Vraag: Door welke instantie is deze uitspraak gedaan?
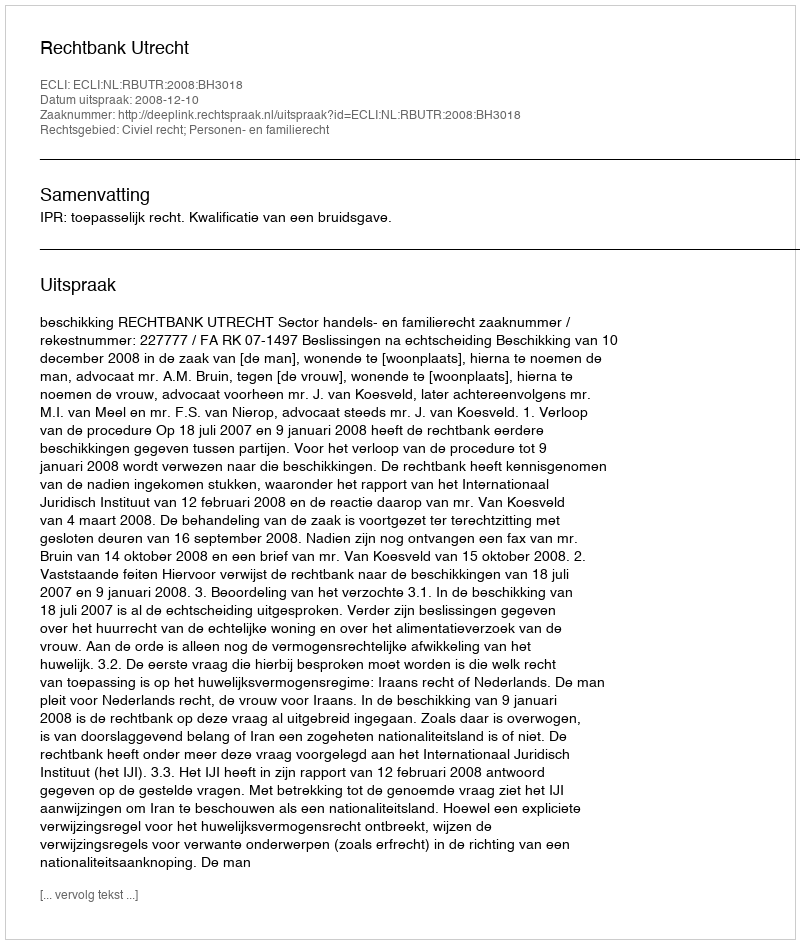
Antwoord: Rechtbank Utrecht